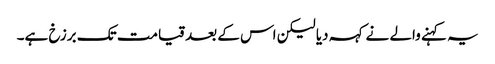
یہ کہنے والے نے کہہ دیا لیکن اس کے بعد قیامت تک برزخ ہے۔